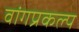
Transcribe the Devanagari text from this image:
वांगप्रकल्प